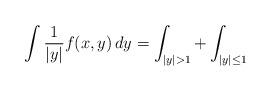
LaTeX: \begin{align*}\int\frac{1}{|y|} f(x, y) \, dy = \int_{|y| > 1} + \int_{|y| \leq 1}\end{align*}